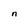
Character: n